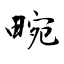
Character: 畹